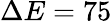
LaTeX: \Delta E=75